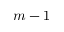
m - 1